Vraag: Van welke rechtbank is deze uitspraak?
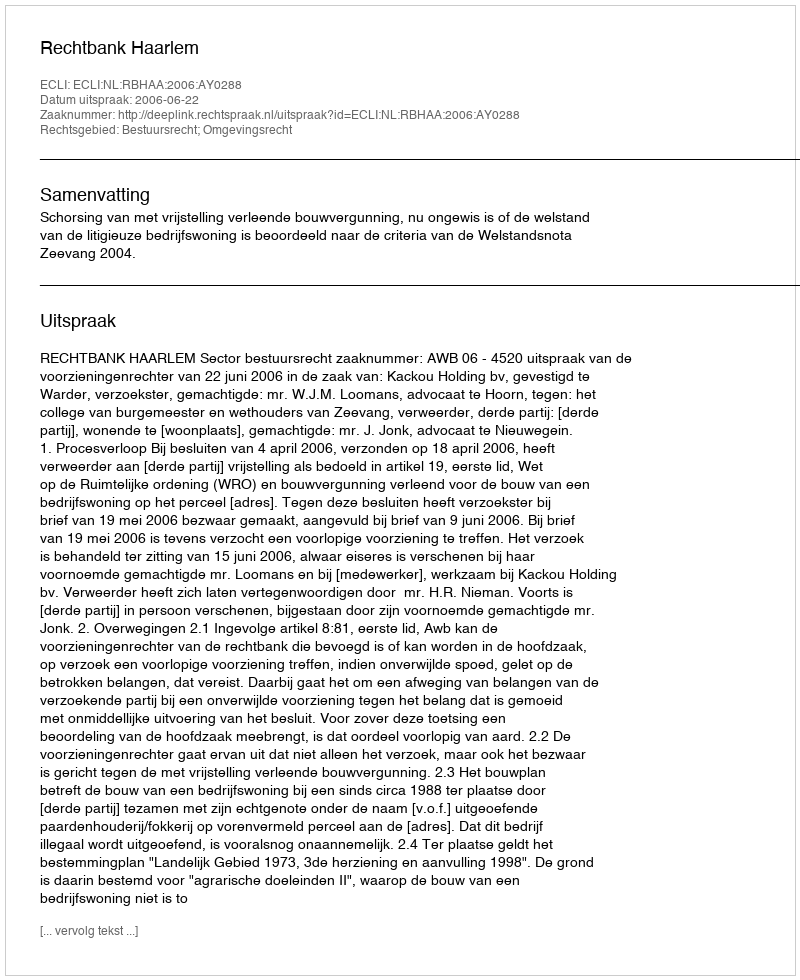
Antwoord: Rechtbank Haarlem